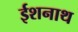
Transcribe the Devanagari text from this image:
ईशनाथ